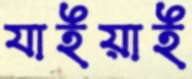
যাইয়াই